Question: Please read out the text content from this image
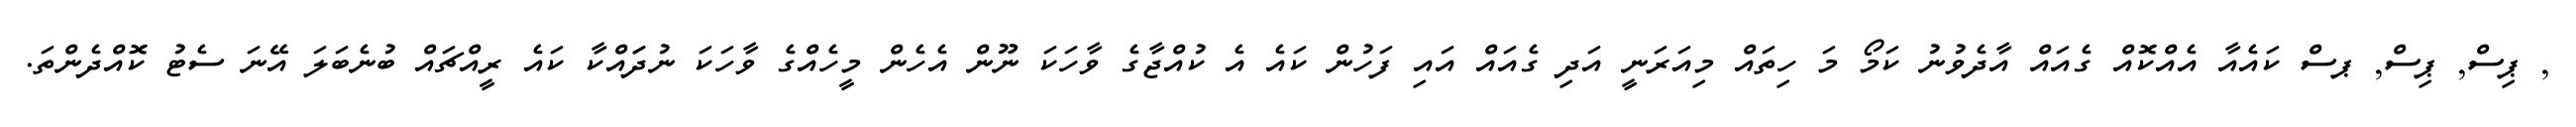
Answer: , ޕިސް, ޕިސް, ޕސް ކައެއާ އެއްކޮއް ގެއައް އާދެވުނު ކަމޯ މަ ހިތައް މިއަރަނީ އަދި ގެއައް އައި ފަހުން ކައެ އެ ކުއްޖާގެ ވާހަކަ ނޫން އެހެން މީހެއްގެ ވާހަކަ ނުދަައްކާ ކައެ ރީއްޗައް ބުނެބަލަ އޭނަ ސެޓު ކޮއްދެންތަ.